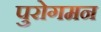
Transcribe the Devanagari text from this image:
पुरोगमन